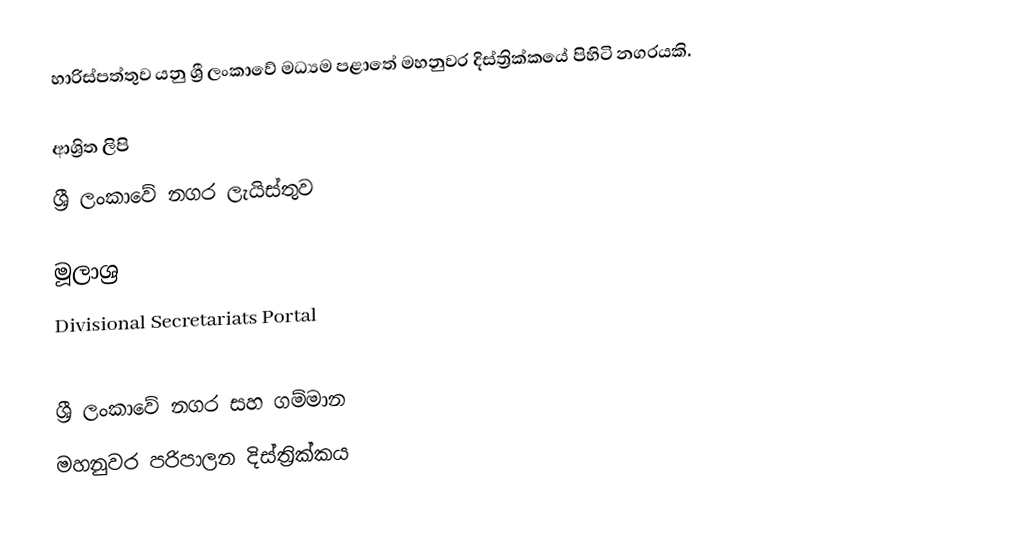
හාරිස්පත්තුව යනු ශ්‍රී ලංකාවේ මධ්‍යම පළාතේ මහනුවර දිස්ත්‍රික්කයේ පිහිටි නගරයකි.

ආශ්‍රිත ලිපි
ශ්‍රී ලංකාවේ නගර ලැයිස්තුව

මූලාශ්‍ර
 Divisional Secretariats Portal

ශ්‍රී ලංකාවේ නගර සහ ගම්මාන
මහනුවර පරිපාලන දිස්ත්‍රික්කය